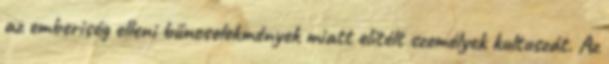
az emberiség elleni bűncselekmények miatt elítélt személyek kultuszát. Az